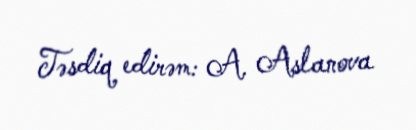
Təsdiq edirəm: A. Aslanova